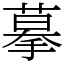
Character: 摹